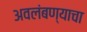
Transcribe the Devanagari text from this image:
अवलंबण्याचा